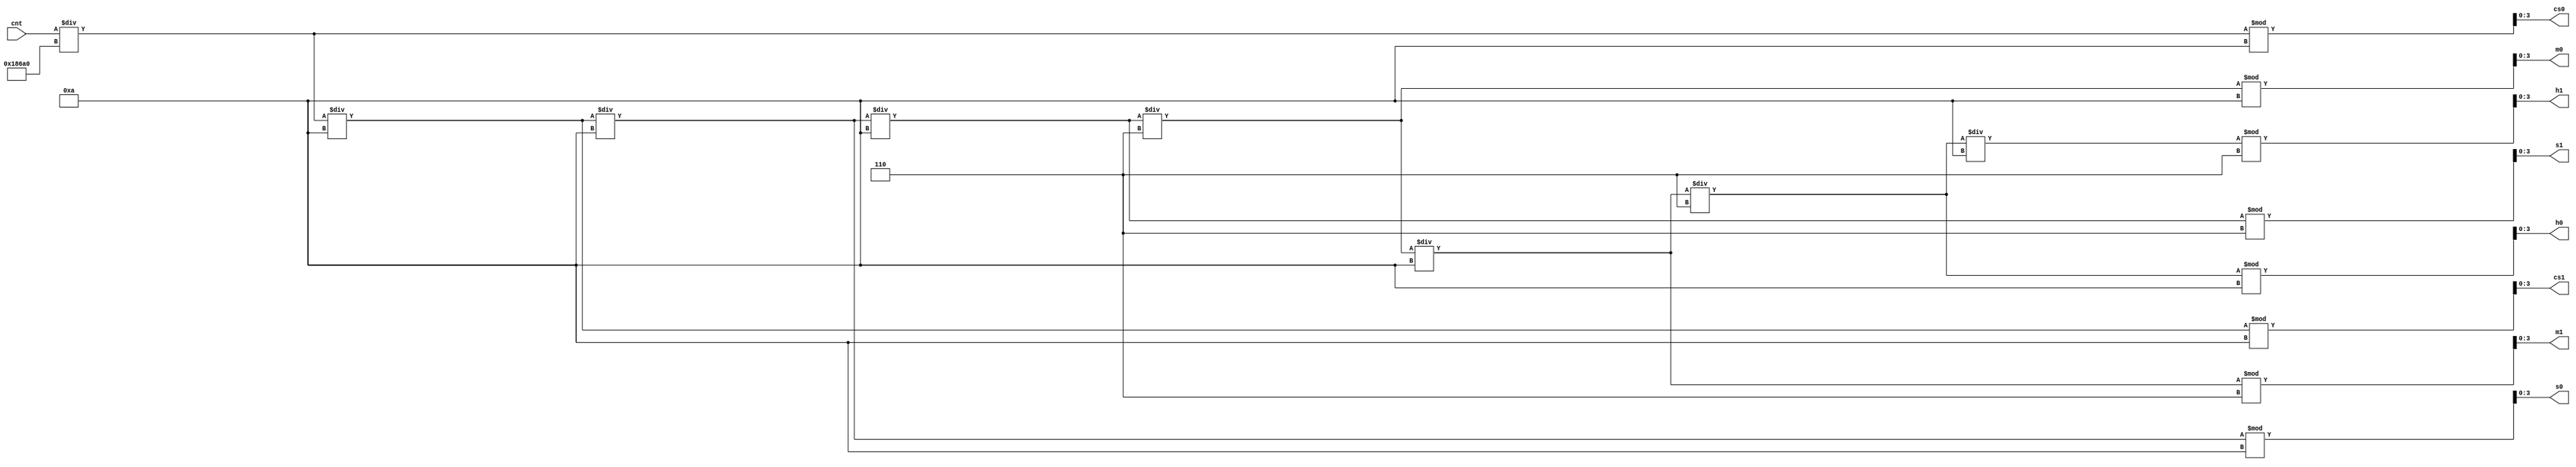
module timedecoder(cnt, cs0, cs1, s0, s1, m0, m1, h0, h1);
input [63:0] cnt;
output [3:0] cs0, cs1, s0, s1, m0, m1, h0, h1;

wire [63:0] t1, t2, t3, t4, t5, t6, t7, t8;
assign t1 = cnt / 64'd100000;
assign cs0 = t1 % 10;
assign t2 = t1 / 10;
assign cs1 = t2 % 10;
assign t3 = t2 / 10;
assign s0 = t3 % 10;
assign t4 = t3 / 10;
assign s1 = t4 % 6;
assign t5 = t4 / 6;
assign m0 = t5 % 10;
assign t6 = t5 / 10;
assign m1 = t6 % 6;
assign t7 = t6 / 6;
assign h0 = t7 % 10;
assign t8 = t7 / 10;
assign h1 = t8 % 6;

endmodule